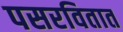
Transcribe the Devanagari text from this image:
पसरवितात